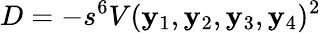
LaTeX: D=-s^{6}V(\mathbf{y}_{1},\mathbf{y}_{2},\mathbf{y}_{3},\mathbf{y}_{4})^{2}